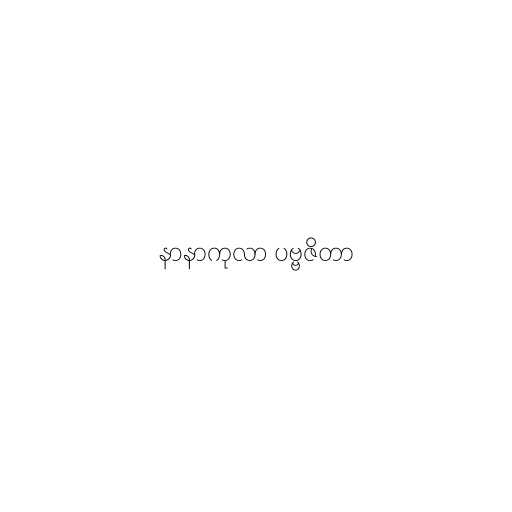
နာနာကုလာ ပဗ္ဗဇိတာ